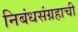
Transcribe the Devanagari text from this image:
निबंधसंग्रहाची